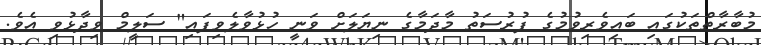
މުބާރާތްތަކުގައި ބައިވެރިވުމުގެ ފުރުސަތު މާދަމާގެ ނިޔަލަށް ވަނީ ހުޅުވާލެވިފައި" ސަލީމް ވިދާޅުވި އެވެ.